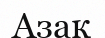
Азақ